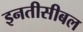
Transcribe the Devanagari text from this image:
इनतीसीबल